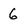
Character: 6